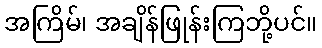
အကြိမ်၊ အချိန်ဖြုန်းကြဘို့ပင်။